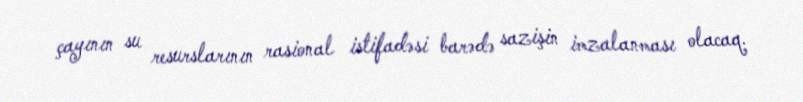
çayının su resurslarının rasional istifadəsi barədə sazişin imzalanması olacaq.